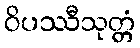
ဝိပဿီသုတ္တံ